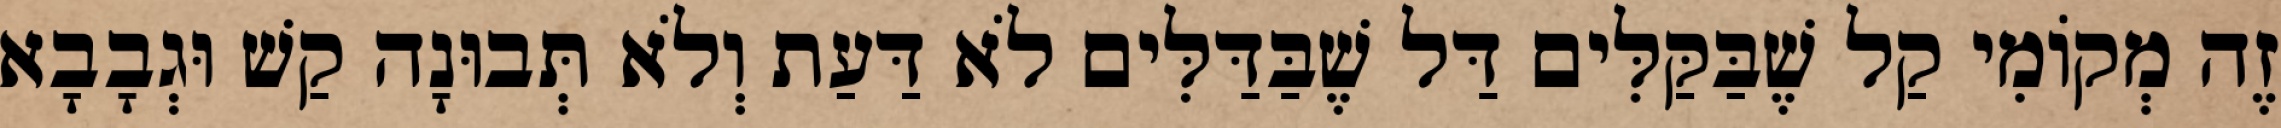
זֶה מְקוֹמִי קַל שֶׁבַּקַּלִּים דַּל שֶׁבַּדַּלִּים לֹא דַּעַת וְלֹא תְּבוּנָה קַשׁ וּגְבָבָא